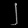
Digit: ၂